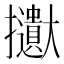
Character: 𱡒